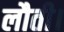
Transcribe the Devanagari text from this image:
लौती।